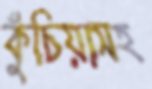
কুঁচিয়াসহ